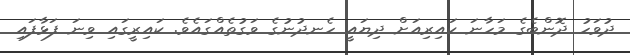
ދުވަހު ދޮންބެގެ މަހާނަ ކައިރިއަށް ދިޔައީ ހެނދުނުގެ ވަގުތެއްގައެވެ. ކައިރީގައި ވިނަ ފަޅާފައި